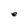
Character: e